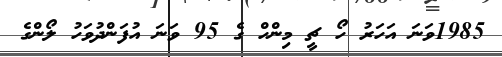
1985ވަނަ އަހަރު ހޯ ޗީ މިންހް ގެ 95 ވަނަ އުފަންދުވަހު ލޯންގެ